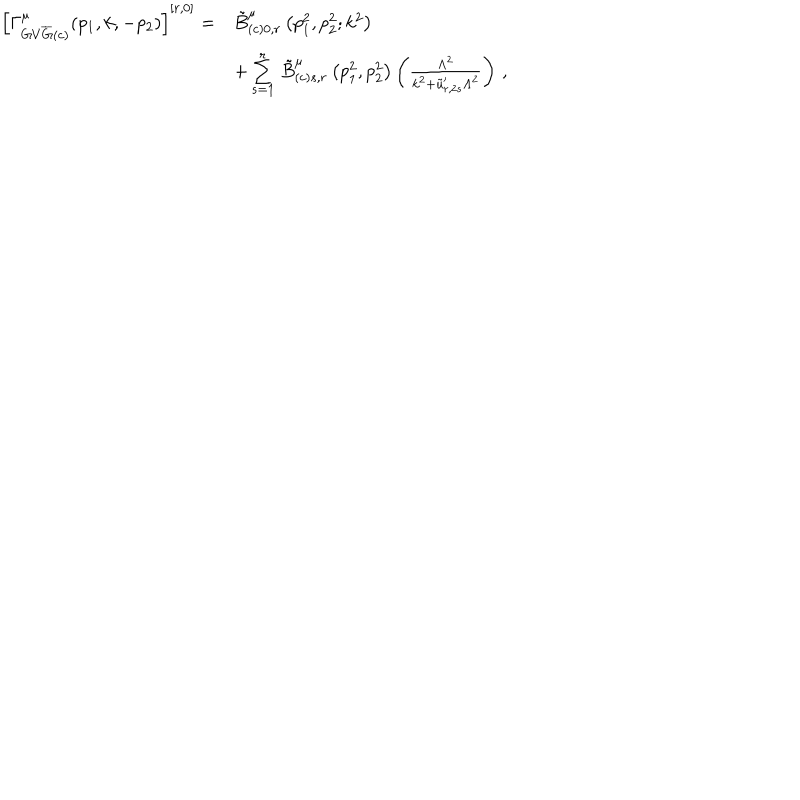
\begin{array} { r l } { { \left[ \Gamma _ { G V { \overline { { { G } } } } ( c ) } ^ { \hspace { 0 . 2 5 c m } \mu } ( p _ { 1 } , k , - p _ { 2 } ) \right] ^ { [ r , 0 ] } = } } & { { \tilde { B } _ { ( c ) 0 , r } ^ { \mu } \left( p _ { 1 } ^ { 2 } , p _ { 2 } ^ { 2 } ; k ^ { 2 } \right) } } \\ { { \mathrm { } } } & { { + \sum _ { s = 1 } ^ { r } \, \tilde { B } _ { ( c ) s , r } ^ { \mu } \left( p _ { 1 } ^ { 2 } , p _ { 2 } ^ { 2 } \right) \left( \frac { \Lambda ^ { 2 } } { k ^ { 2 } + \tilde { u } _ { r , 2 s } ^ { \prime } \Lambda ^ { 2 } } \right) \, , } } \\ \end{array}